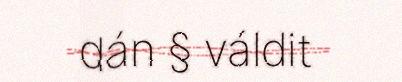
dán § váldit